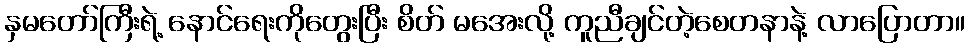
နှမတော်ကြီးရဲ့ နောင်ရေးကိုတွေးပြီး စိတ် မအေးလို့ ကူညီချင်တဲ့စေတနာနဲ့ လာပြောတာ။